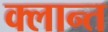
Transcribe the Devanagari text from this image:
क्लान्त